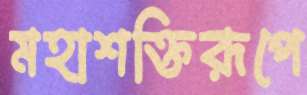
মহাশক্তিরূপে